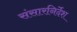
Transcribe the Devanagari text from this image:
संसारनिर्देश